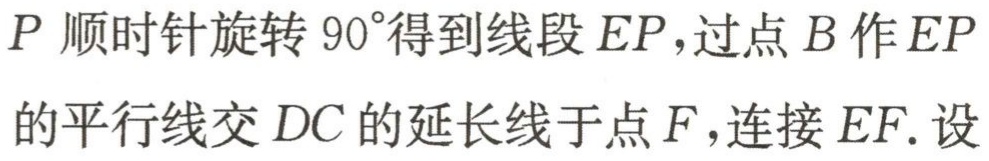
$P$ 顺时针旋转 $90^{\circ}$得到线段$EP$，过点$B$作$EP$的平行线交$DC$的延长线于点$F$，连接$EF$. 设